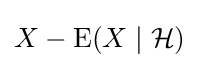
X-\operatorname {E} (X\mid {\mathcal {H}})